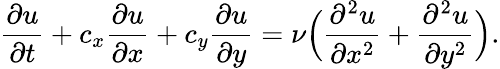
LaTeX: \frac{\partial u}{\partial t}+c_{x}\frac{\partial u}{\partial x}+c_{y}\frac{\partial u}{\partial y}=\nu\Big(\frac{\partial^{2}u}{\partial x^{2}}+\frac{\partial^{2}u}{\partial y^{2}}\Big).